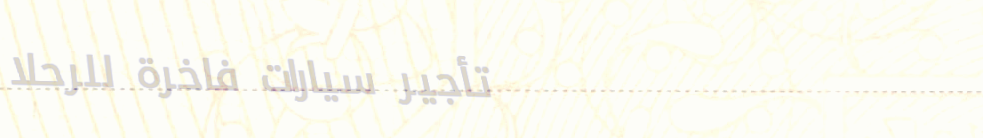
تأجير سيارات فاخرة للرحلا